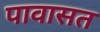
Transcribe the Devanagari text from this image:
पावासत